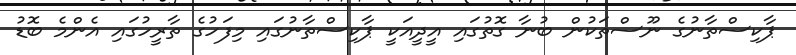
ޕާކިސްތާނުގެ ނޫސްތަކުން ބުނާ ގޮތުގައި އީދީއަކީ ޕާކިސްތާނުގައި މިފަހުގެ ތާރީހުގައި އެންމެ ބޮޑު